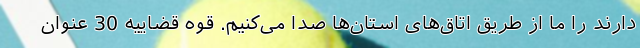
دارند را ما از طریق اتاق‌های استان‌ها صدا می‌کنیم. قوه قضاییه 30 عنوان